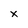
Character: x